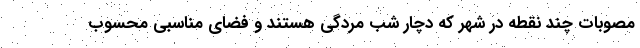
مصوبات چند نقطه در شهر که دچار شب مردگی هستند و فضای مناسبی محسوب